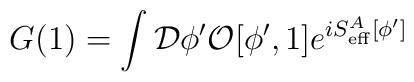
G(1)=\int {\cal D}\phi^\prime {\cal O}[\phi^\prime,1]e^{iS^A_{\rm eff}[\phi^\prime]}